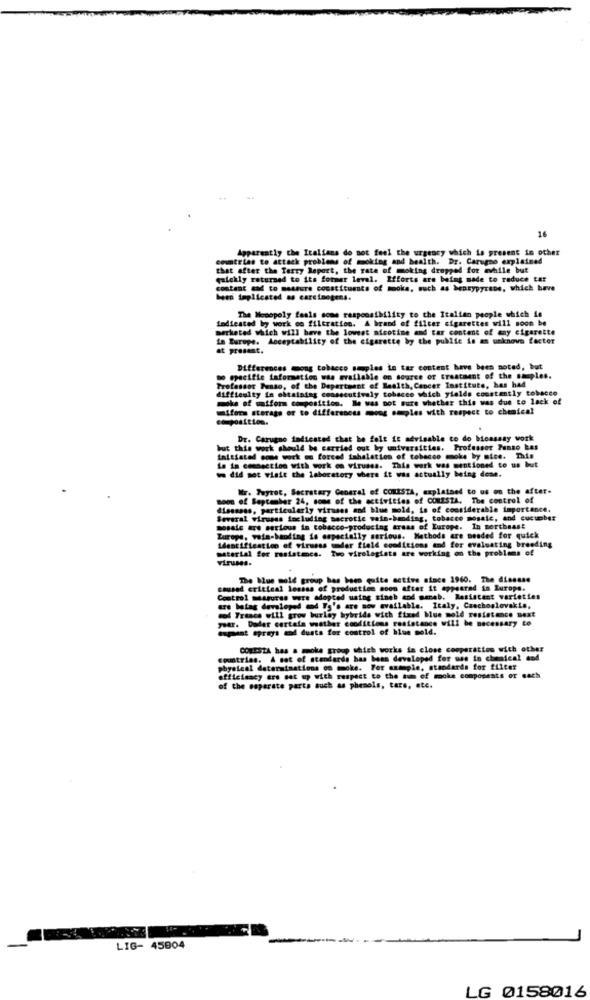
16
Apparently the Italians do not feel the urgency which is present in other
countries to attack problems of moking and health. Dr. Carummo explained
that after the Terry Report, the rate of moking dropped for awhile but
galekly returned to its former level. Efforts are being made to reduce tar
content cad to measure constituants of mooks, such as bensypyrene, which have
been implicated as carcinogens.
indicated by work co filtration. A brand of filcer cigarettes will soon be
The Monopoly faals some responsibility to the Italian people which is
marketed which will have the lowest nicotine and car content of any cigarette
in Europe. Acceptability of the cigarette by the public is an unknown factor
at present.
Differences mong tobacco smples in tar content have been noted, but
Do epacifte information was available on source of treatment of the samples.
Professor Penso, of the Department of Health, Cancer Institute, has had
difficulty in obtaining consecutively tobacco which yields constantly tobacco
mole of watfor composition. I was not sure whether this was due to lack of
umifora sterags or to differsnous mon seples with respect to chemical
composition.
Dr. Carugno indicated that he felt LE advisable to do bioassay work
but this work should be carried out by universities. Professor Punto has
Initiated come work on forced inhalation of tobacco moke by sice. This
Le in connection with work on viruses. This work was mentioned to us but
we did not visit the laboratory where it was actually being done.
Wr. Tuyret, Secretary General of COMISTA, explained to us on the after-
soo of September 24, some of the activities of COMESTA. The control of
dissssss, particularly viruses and blue mold, is of considerable importance.
Several viruses including sacrotic sein-bading, tobacco mosaic, and cucumber
mosaic are serious in tobacco-producing trans of Europe. In northeast
Europe, voim-banding is especially serious. Methods are needed for quick
material for resistance. Tuo virologists are working on the problems of
Identification of virusss umder field conditions and for evaluating breeding
The Mus mold group has been quite active since 1960. The diensse
caused critical lossas of production soon after it appeared in Europe.
Control measures were adopted using sineb and menab. Resistant varieties
are being developed and Ts's are now available. Italy, Czechoslovakia,
year. Dader cartata weather conditions resistance will be necessary to
mod France will grow burlay hybrids with fixed blue mold resistance next
espast greys of dusts for control of blue sold.
CONESTA has a mmoke group which works in close cooperation with other
countries. A set of standards has been developed for use in chemical and
physical determinations on moke. For example, standards for filter
efficiency ers sat up with respect to the sum of mooke components or cach
of the separate parts such as phenols, tars, etc.
LIG- 45904
LG 0158016